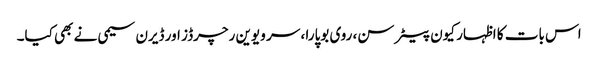
اس بات کا اظہار کیون پیٹرسن، روی بوپارا ، سر ویوین رچرڈز اور ڈیرن سیمی نے بھی کیا۔